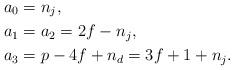
LaTeX: \begin{align*} &a_{0}=n_{j},\\ &a_{1}=a_{2}=2f-n_{j},\\ &a_{3}=p-4f+n_{d}=3f+1+n_{j}.\end{align*}